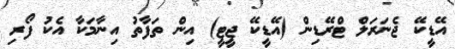
އޭޑީކޭ ޖެނަރަލް ޓްރޭޑިން (އޭޑީކޭ ޖީޓީ) އިން ތަފާތު އިނާމަކާ އެކު ފޯރި